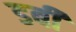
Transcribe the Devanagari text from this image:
डबी